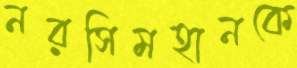
নরসিমহানকে